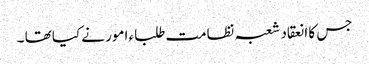
جس کا انعقاد شعبہ نظامت طلباء امور نے کیا تھا ۔